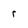
Character: r